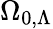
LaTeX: \Omega_{0,\Lambda}